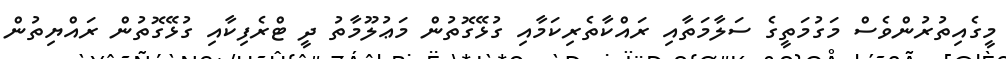
މީގެއިތުރުންވެސް މަގުމަތީގެ ސަލާމަތާއި ރައްކާތެރިކަމާއި ގުޅޭގޮތުން މަޢުލޫމާތު ދީ ޓްރެފިކާއި ގުޅޭގޮތުން ރައްޔިތުން